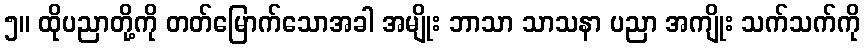
၅။ ထိုပညာတို့ကို တတ်မြောက်သောအခါ အမျိုး ဘာသာ သာသနာ ပညာ အကျိုး သက်သက်ကို